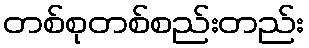
တစ်စုတစ်စည်းတည်း